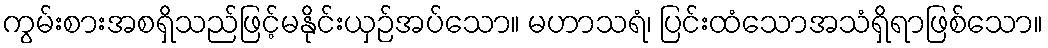
ကွမ်းစားအစရှိသည်ဖြင့်မနိုင်းယှဉ်အပ်သော။ မဟာသရံ၊ ပြင်းထံသောအသံရှိရာဖြစ်သော။